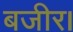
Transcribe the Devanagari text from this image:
बजीर।